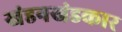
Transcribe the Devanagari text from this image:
खंडनखंडकार